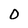
Character: 0